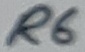
Text: R6